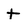
Character: t